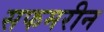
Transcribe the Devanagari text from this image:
सफमरीन